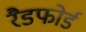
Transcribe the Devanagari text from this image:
रैडफोर्ड